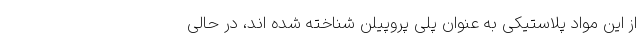
از این مواد پلاستیکی به عنوان پلی پروپیلن شناخته شده اند، در حالی